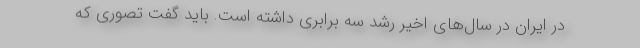
در ایران در سال‌های اخیر رشد سه برابری داشته است. باید گفت تصوری که